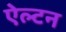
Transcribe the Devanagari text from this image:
ऐल्टन